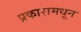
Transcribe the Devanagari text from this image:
प्रकारामधून